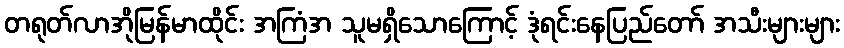
တရုတ်လာအိုမြန်မာထိုင်း အကြံအ သူမရှိသောကြောင့် ဒုံရင်းနေပြည်တော် အသီးများများ